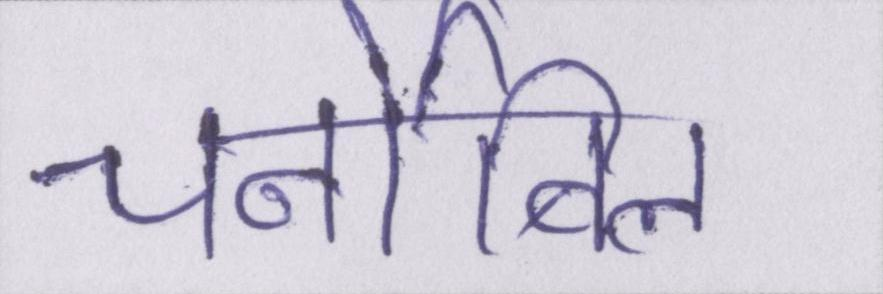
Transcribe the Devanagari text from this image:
चर्नोबिल